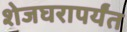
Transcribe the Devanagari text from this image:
शेजघरापर्यंत